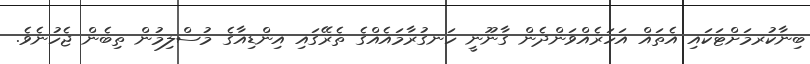
ބިނާކުރމަށްޓަކައި އެތައް އަހަރެއްވަންދެން ގާނޫނީ ހަނގުރާމައެއްގެ ތެރޭގައި އިންޑިއާގެ މުސްލިމުން ތިބެން ޖެހުނެވެ.